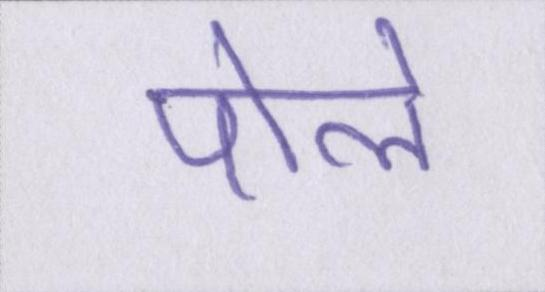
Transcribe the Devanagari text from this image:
पोले